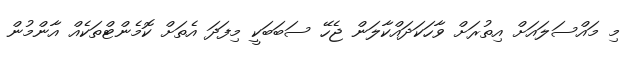
މި މައްސަލައަށް އިތުރަށް ވާހަކަދައްކާލަން ޖެހޭ ސަބަބަކީ މިފަދަ އެތަށް ކޮމެންޓްތަކެއް އާންމުން